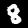
Label: 8